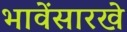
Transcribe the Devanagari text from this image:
भावेंसारखे